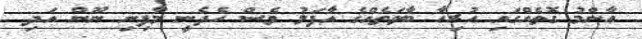
ޢާންމު ގޮތެއްގައި ހުރިހާ ބާވަތެއްގެ އާފަލު ވެސް ހެދެނީ މާފިނި ނޫން އަދި